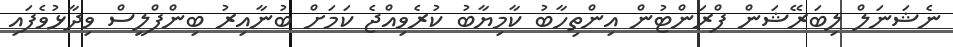
ނެޝަނަލް ލިބަރޭޝަން ފްރަންޓުން އިންތިހާބު ކާމިޔާބު ކުރެވިއްޖެ ކަމަށް ބުނާއިރު ބިންފްލީސް ވިދާޅުވެފައި